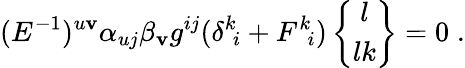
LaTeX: (E^{-1})^{u\mathbf{v}}\alpha_{uj}\beta_{\mathbf{v}}g^{ij}(\delta^{k}\! _{i}+F^{k}\! _{i})\left\{ \begin{array}{c}{{l}}\\ {{lk}}\end{array}\right\} =0\; .